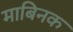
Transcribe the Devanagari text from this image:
माबिनक